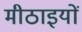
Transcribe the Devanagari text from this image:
मीठाइयों